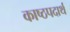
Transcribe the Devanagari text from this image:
काष्ठपदार्थ